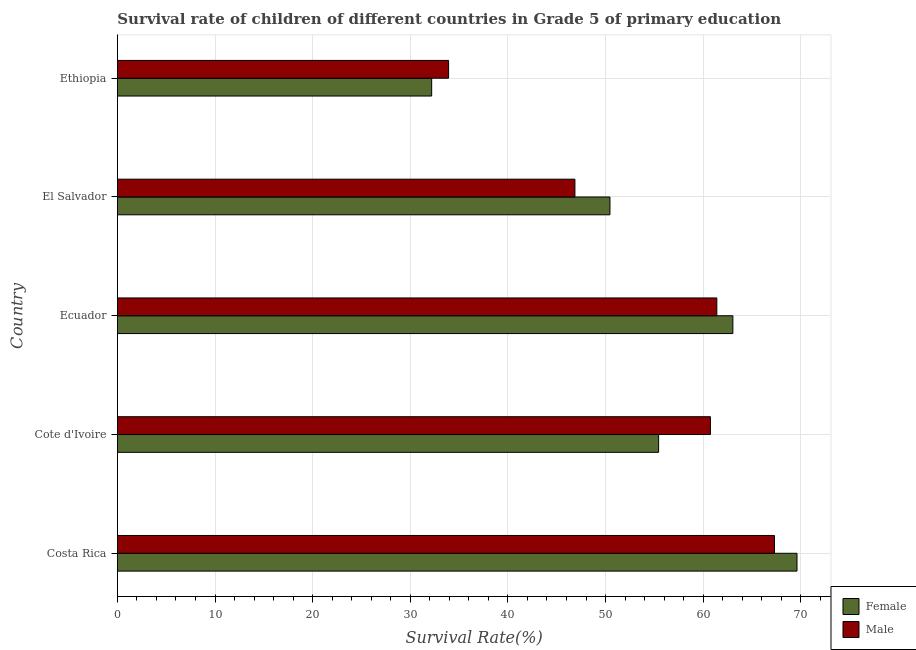
| Country | Female | Male |
 | --- | --- | --- |
 | Costa Rica | 69.6 | 67.3 |
 | Cote d'Ivoire | 55.4 | 60.7 |
 | Ecuador | 63 | 61.4 |
 | El Salvador | 50.4 | 46.9 |
 | Ethiopia | 32.2 | 33.9 |